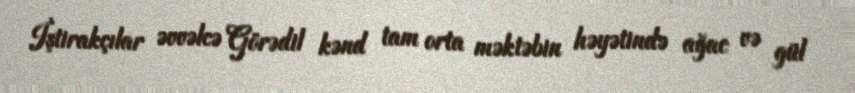
İştirakçılar əvvəlcə Görədil kənd tam orta məktəbin həyətində ağac və gül